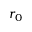
r _ { 0 }